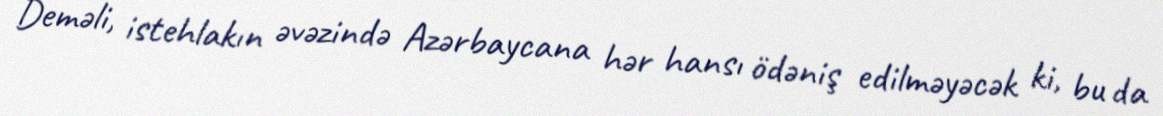
Deməli, istehlakın əvəzində Azərbaycana hər hansı ödəniş edilməyəcək ki, bu da